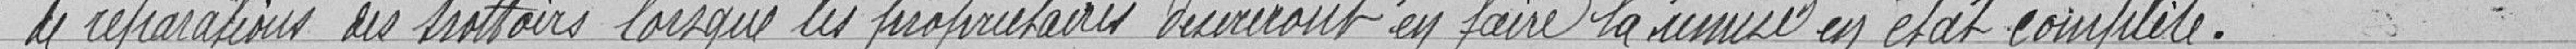
de réparations des trottoirs lorsque les propriétaires désireront en faire la mise en état complète.